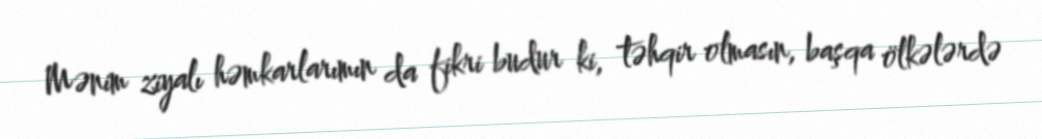
Mənim ziyalı həmkarlarımın da fikri budur ki, təhqir olmasın, başqa ölkələrdə